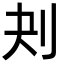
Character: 刔